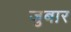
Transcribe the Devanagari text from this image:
जुबार